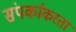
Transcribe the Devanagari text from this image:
संपर्काकरता